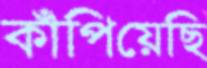
কাঁপিয়েছি